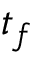
t _ { f }